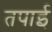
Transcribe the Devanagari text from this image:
तपाई